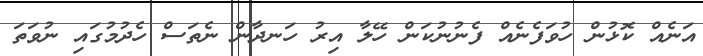
އަނެއް ކޮޅުން ހުވަފެނެއް ފެނުނުކަން ހޭލާ އިރު ހަނދާން ނެތަސް ހެދުމުގައި ނުވަތަ